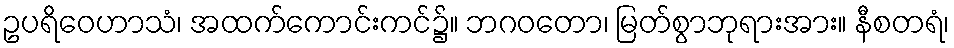
ဥပရိဝေဟာသံ၊ အထက်ကောင်းကင်၌။ ဘဂဝတော၊ မြတ်စွာဘုရားအား။ နီစတရံ၊